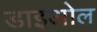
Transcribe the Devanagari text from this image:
डाइओल